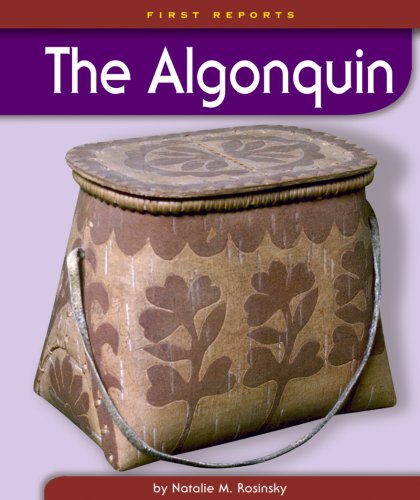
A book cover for The Algonquin (First Reports - Native Americans); Natalie M. Rosinsky; Children's Books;